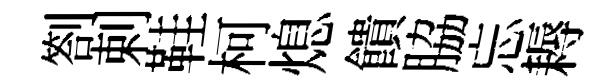
劄剌鞋柯熄饋脇忘耨